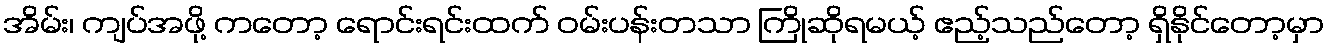
အိမ်း၊ ကျပ်အဖို့ ကတော့ ရောင်းရင်းထက် ဝမ်းပန်းတသာ ကြိုဆိုရမယ့် ဧည့်သည်တော့ ရှိနိုင်တော့မှာ